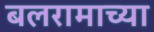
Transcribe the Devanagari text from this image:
बलरामाच्या